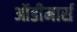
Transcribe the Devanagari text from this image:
ऑडीमार्स